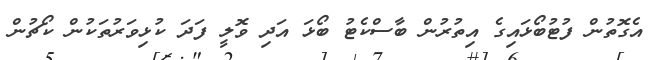
އެގޮތުން ފުޓުބޯޅައިގެ އިތުރުން ބާސްކެޓު ބޯޅަ އަދި ވޮލީ ފަދަ ކުޅިވަރުތަކުން ކޯޗުން